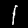
Label: 1